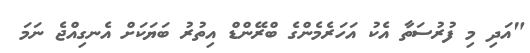
"އަދި މި ފުރުސަތާ އެކު އަހަރެމެންގެ ބްރޭންޑް އިތުރު ބަޔަކަށް އެނގިއްޖެ ނަމަ